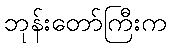
ဘုန်းတော်ကြီးက